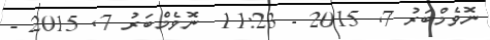
ނޮވެމްބަރު 7